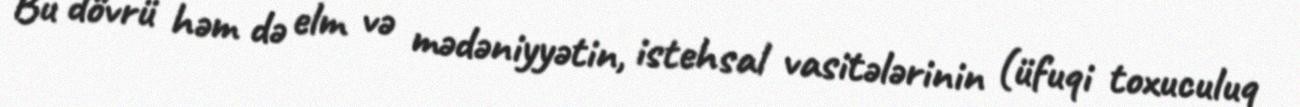
Bu dövrü həm də elm və mədəniyyətin, istehsal vasitələrinin (üfuqi toxuculuq